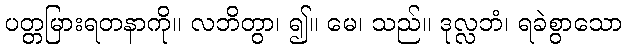
ပတ္တမြားရတနာကို။ လဘိတွာ၊ ၍။ မေ၊ သည်။ ဒုလ္လဘံ၊ ရခဲစွာသော